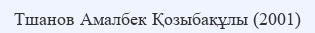
Тшанов Амалбек Қозыбақұлы (2001)